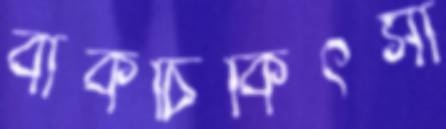
বাকচিকিৎসা